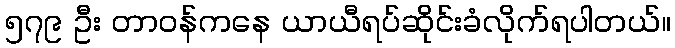
၅၇၉ ဦး တာဝန်ကနေ ယာယီရပ်ဆိုင်းခံလိုက်ရပါတယ်။